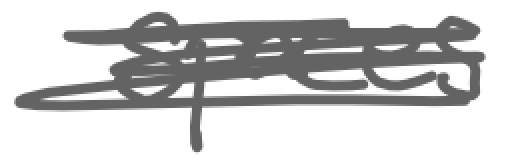
Text: spaces
Cross-out: scratch
Writing tool: digital_gray